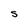
Character: S